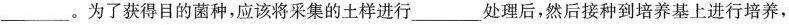
___。为了获得目的菌种，应该将采集的土样进行___处理后，然后接种到培养基上进行培养，